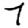
Digit: 7